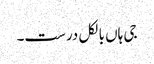
جی ہاں بالکل درست۔